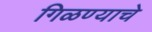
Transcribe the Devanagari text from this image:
गिळण्याचे